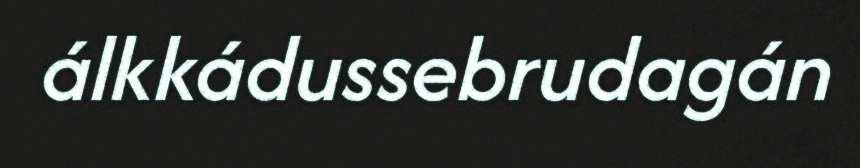
álkkádussebrudagán